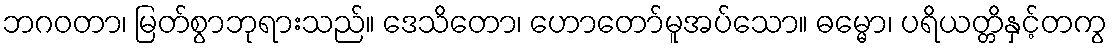
ဘဂဝတာ၊ မြတ်စွာဘုရားသည်။ ဒေသိတော၊ ဟောတော်မူအပ်သော။ ဓမ္မော၊ ပရိယတ္တိနှင့်တကွ